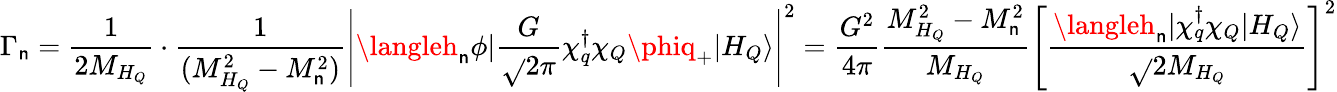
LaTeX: \Gamma_{\mathsf{n}}=\frac{{1}}{{2M_{H_{Q}}}}\cdot\frac{{1}}{{(M_{H_{Q}}^{2}-M_{\mathsf{n}}^{2})}}\left|\langleh_{\mathsf{n}}\phi|{\frac{{G}}{{\sqrt{}{{2\pi}}}}\chi_{q}^{\dagger}\chi_{Q}\phiq_{+}}|H_{Q}\rangle\right|^{2}=\frac{{G^{2}}}{{4\pi}}\frac{{M_{H_{Q}}^{2}-M_{\mathsf{n}}^{2}}}{{M_{H_{Q}}}}\left[\frac{{\langleh_{\mathsf{n}}|\chi_{q}^{\dagger}\chi_{Q}|H_{Q}\rangle}}{{\sqrt{}{{2}}M_{H_{Q}}}}\right]^{2}